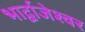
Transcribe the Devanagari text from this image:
भार्द्वाजेश्वर